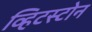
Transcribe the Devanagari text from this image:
व्हिटस्टोन